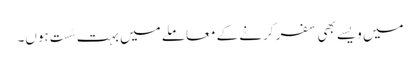
میں ویسے بھی سفر کرنے کے معاملے میں بہت سُست ہوں۔